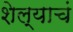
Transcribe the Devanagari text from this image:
शेल्याचं